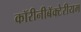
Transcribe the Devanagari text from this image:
कॉरीनीबॅक्टेरीयम